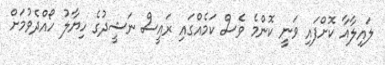
ލައިލާއާ ކޮށްފައި ވަނީ ކޮންމެ ވެސް ކަމެއްގައި ރައީސް ނަޝީދުގެ ހިޔާލު ހޯއްދެވުމަށް